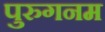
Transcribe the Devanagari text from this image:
पुरुगनम